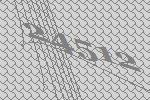
24512